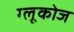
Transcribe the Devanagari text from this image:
ग्‍लूकोज